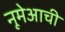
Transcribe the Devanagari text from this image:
नूमेआची